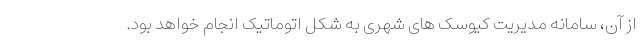
از آن، سامانه مدیریت کیوسک های شهری به شکل اتوماتیک انجام خواهد بود.